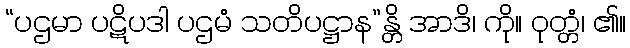
“ပဌမာ ပဋိပဒါ ပဌမံ သတိပဋ္ဌာန”န္တိ အာဒိ၊ ကို။ ဝုတ္တံ၊ ၏။